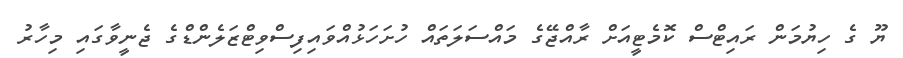
ޔޫ ގެ ހިޔުމަން ރައިޓްސް ކޮމެޓީއަށް ރާއްޖޭގެ މައްސަލަތައް ހުށަހަޅުއްވައިފިސްވިޓްޒަލެންޑްގެ ޖެނީވާގައި މިހާރު